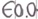
Text: E0.0